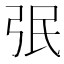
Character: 㢯